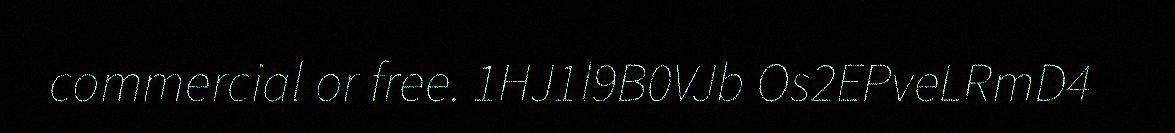
commercial or free. 1HJ1l9B0VJb Os2EPveLRmD4